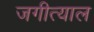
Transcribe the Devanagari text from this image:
जगीत्याल